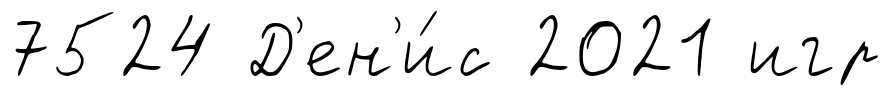
7524 Д'ен'и́с 2021 игр